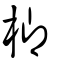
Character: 楖